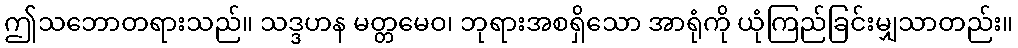
ဤသဘောတရားသည်။ သဒ္ဒဟန မတ္တမေဝ၊ ဘုရားအစရှိသော အာရုံကို ယုံကြည်ခြင်းမျှသာတည်း။